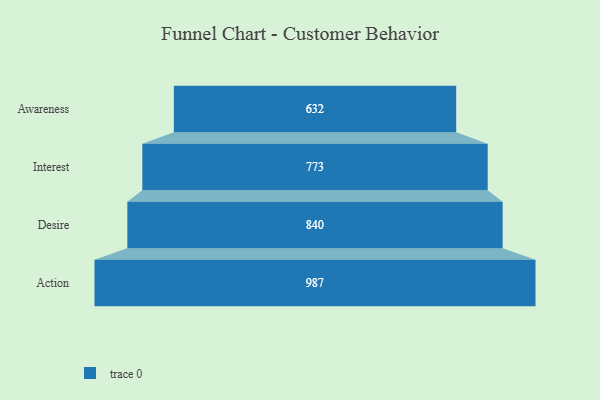
{"axis": {"x": "Stage", "y": "Value"}, "legend": [""], "data": [{"x": "Awareness", "y": 632.0, "type": ""}, {"x": "Interest", "y": 773.0, "type": ""}, {"x": "Desire", "y": 840.0, "type": ""}, {"x": "Action", "y": 987.0, "type": ""}]}